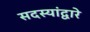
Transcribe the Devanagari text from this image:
सदस्यांद्वारे